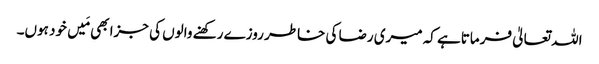
اللہ تعالیٰ فرماتاہے کہ میری رضا کی خاطر روزے رکھنے والوں کی جزا بھی مَیں خود ہوں۔